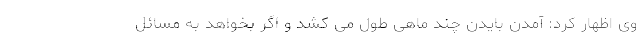
وی اظهار کرد: آمدن بایدن چند ماهی طول می کشد و اگر بخواهد به مسائل